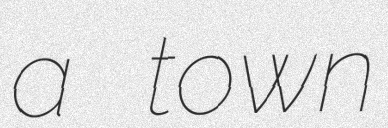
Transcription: a town